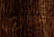
جارى